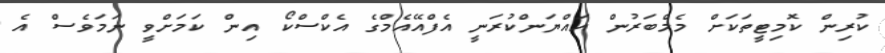
ކުރިން ކޮމިޓީތަކަށް މެމްބަރުން އައްޔަންކުރަނީ އެފްއޭއެމްގެ އެކްސްކޯ އިން ކަމަށްވީ ނަމަވެސް އެ